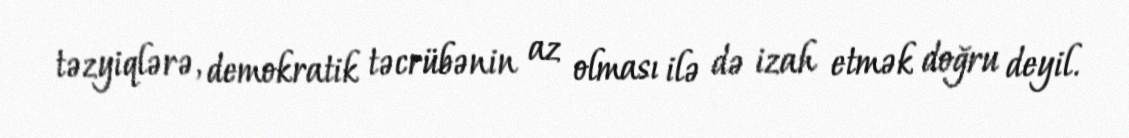
təzyiqlərə, demokratik təcrübənin az olması ilə də izah etmək doğru deyil.